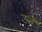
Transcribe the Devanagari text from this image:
उते